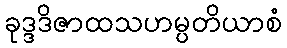
ခုဒ္ဒဒိဇာထသဟမ္ပတိယာစံ